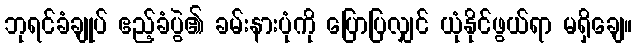
ဘုရင်ခံချုပ် ဧည့်ခံပွဲ၏ ခမ်းနားပုံကို ပြောပြလျှင် ယုံနိုင်ဖွယ်ရာ မရှိချေ။